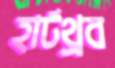
হার্টথ্রব